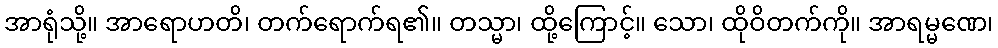
အာရုံသို့။ အာရောဟတိ၊ တက်ရောက်ရ၏။ တသ္မာ၊ ထို့ကြောင့်။ သော၊ ထိုဝိတက်ကို။ အာရမ္မဏေ၊